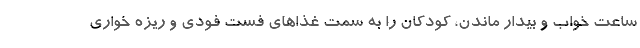
ساعت خواب و بیدار ماندن، کودکان را به سمت غذاهای فست فودی و ریزه خواری